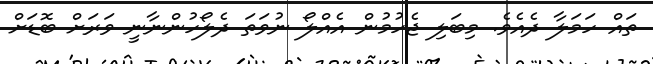
ތައް ހަމަލާ ދެއެވެ. މިބަލި ޖެހުމުން އެއްލޯ ނުވަތަ ދެލޯހުންނާނީ ވަރަށް ބޮޑަށް